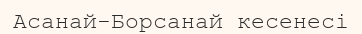
Асанай-Борсанай кесенесі